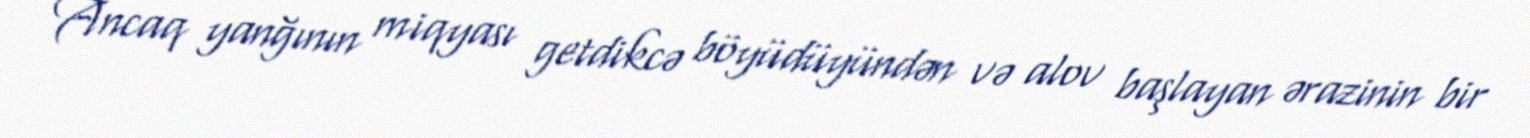
Ancaq yanğının miqyası getdikcə böyüdüyündən və alov başlayan ərazinin bir